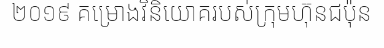
២០១៩ គម្រោងវិនិយោគរបស់ក្រុមហ៊ុនជប៉ុន